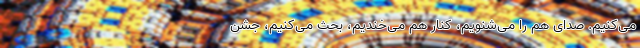
می‌کنیم. صدای هم را می‌شنویم، کنار هم می‌خندیم، بحث می‌کنیم، جشن